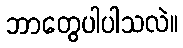
ဘာတွေပါပါသလဲ။